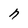
Character: n